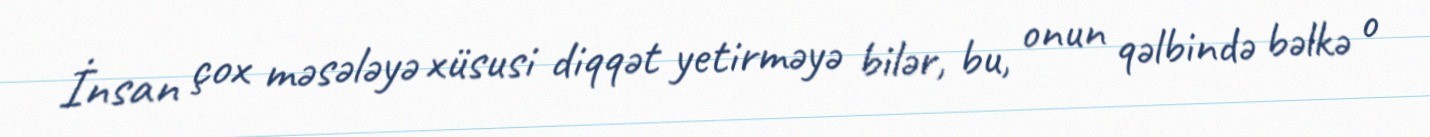
İnsan çox məsələyə xüsusi diqqət yetirməyə bilər, bu, onun qəlbində bəlkə o